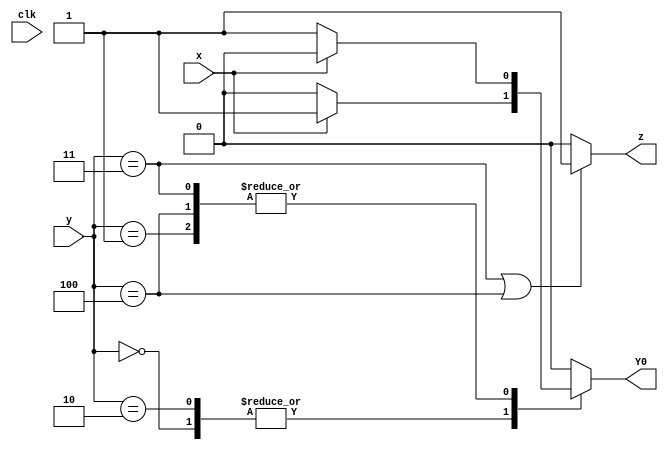
module top_module (
    input clk,//
    input [2:0] y,
    input x,
    output reg Y0,
    output reg z
);
    always @(*) begin
            case(y)
            3'b000:begin
                if (x) begin
                    Y0<=1;
                end
                else begin
                    Y0<=0;
                end
            end
            3'b001:begin
                if (~x) begin
                    Y0<=1;
                end
                else begin
                    Y0<=0;
                end
            end
            3'b010:begin
                if (x) begin
                    Y0<=1;
                end
                else begin
                    Y0<=0;
                end
            end
            3'b011:begin
                if (~x) begin
                    Y0<=1;
                end
                else begin
                    Y0<=0;
                end
            end
            3'b100:begin
                if (~x) begin
                    Y0<=1;
                end
                else begin
                    Y0<=0;
                end
                end
                default:Y0<=0;
            endcase
    end
    always @(*) begin
        if (y==3'b011||y==3'b100) begin
            z<=1;
        end
        else begin
            z<=0;
        end
    end
endmodule